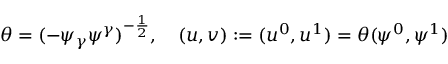
\begin{array} { r } { \theta = ( - \psi _ { \gamma } \psi ^ { \gamma } ) ^ { - \frac { 1 } { 2 } } , \quad ( u , v ) : = ( u ^ { 0 } , u ^ { 1 } ) = \theta ( \psi ^ { 0 } , \psi ^ { 1 } ) } \end{array}